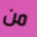
من